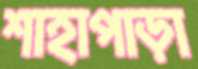
শাহাপাড়া